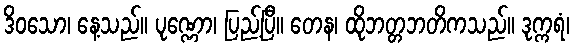
ဒိဝသော၊ နေ့သည်။ ပုဏ္ဏော၊ ပြည့်ပြီ။ တေန၊ ထိုဘတ္တဘတိကသည်။ ဒုက္ကရံ၊